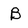
Character: B